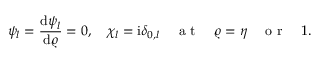
\psi _ { l } = \frac { \mathrm { d } \psi _ { l } } { \mathrm { d } \varrho } = 0 , \quad \chi _ { l } = \mathrm { i } \delta _ { 0 , l } \quad \mathrm { ~ a ~ t ~ } \quad \varrho = \eta \quad \mathrm { ~ o ~ r ~ } \quad 1 .